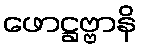
ဖောဋ္ဌဗ္ဗာနိ